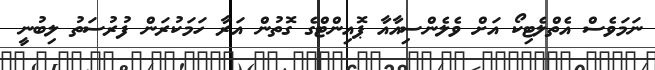
ނަމަވެސް އެތްލެޓިކޯ އަށް ވެލެންސިއާއާ ޕޮއިންޓްގެ ގޮތުން އަރާ ހަމަކުރަން ފުރުސަތު ލިބުނީ